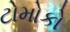
ટોમોકો